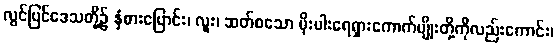
လွင်ပြင်ဒေသတို့၌ နှံစားပြောင်း၊ လူး၊ ဆတ်စသော မိုးပါးရေရှားကောက်မျိုးတို့ကိုလည်းကောင်း၊